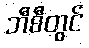
ဘီစီတွင်